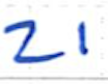
Text: 21
Cross-out: clean
Writing tool: ballpoint